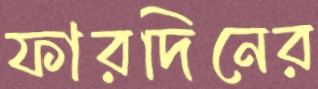
ফারদিনের